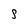
Character: S